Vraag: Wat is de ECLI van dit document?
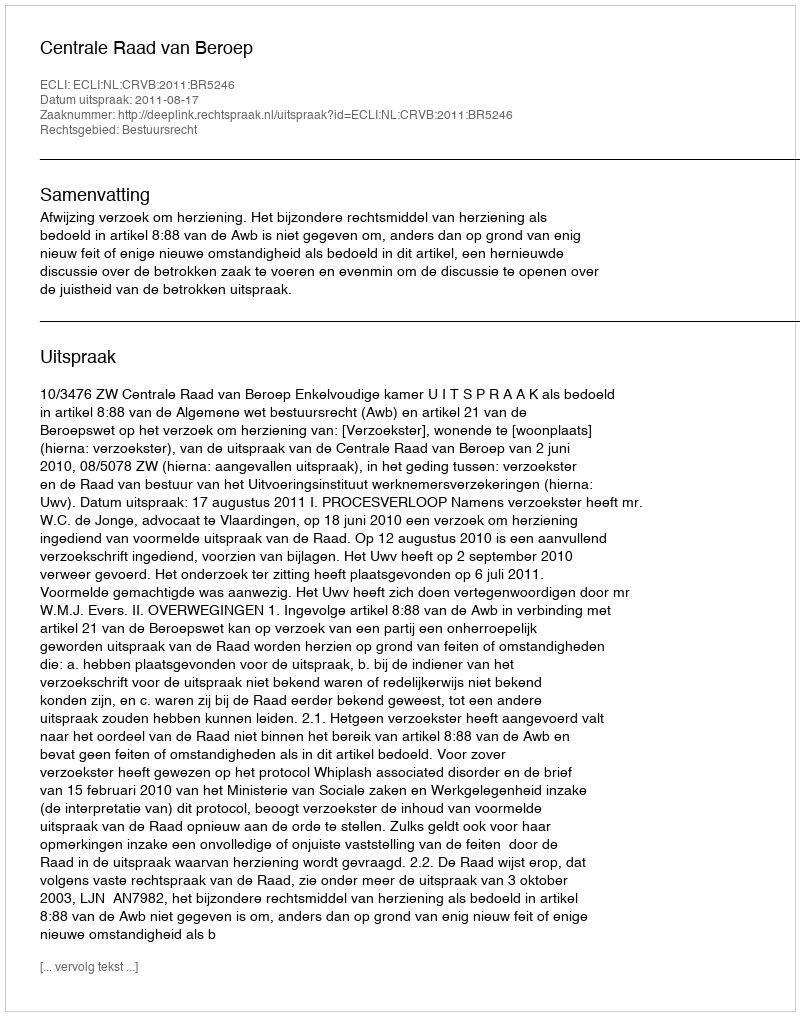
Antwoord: ECLI:NL:CRVB:2011:BR5246